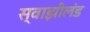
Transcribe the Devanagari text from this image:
स्वाझीलंड